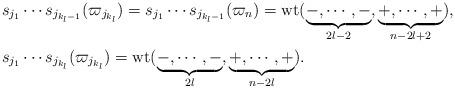
LaTeX: \begin{align*}& s_{j_1} \cdots s_{j_{{k_l}-1}}(\varpi_{j_{k_l}}) = s_{j_1} \cdots s_{j_{{k_l}-1}}(\varpi_n)= {\rm wt}(\underbrace{-, \cdots, -}_{2l-2}, \underbrace{+, \cdots, +}_{n-2l+2}),\\& s_{j_1} \cdots s_{j_{k_l}}(\varpi_{j_{k_l}}) = {\rm wt}(\underbrace{-, \cdots, -}_{2l}, \underbrace{+, \cdots, +}_{n-2l}).\end{align*}